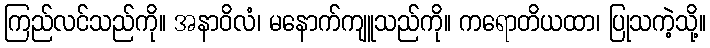
ကြည်လင်သည်ကို။ အနာဝိလံ၊ မနောက်ကျူသည်ကို။ ကရောတိယထာ၊ ပြုသကဲ့သို့။